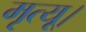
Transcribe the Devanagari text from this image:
मृत्यू।